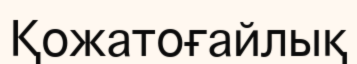
Қожатоғайлық